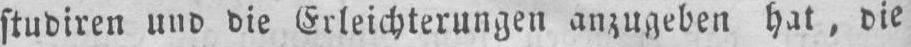
studiren und die Erleichterungen anzugeben hat, die